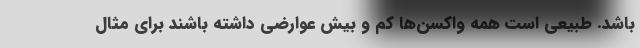
باشد. طبیعی است همه واکسن‌ها کم و بیش عوارضی داشته باشند برای مثال